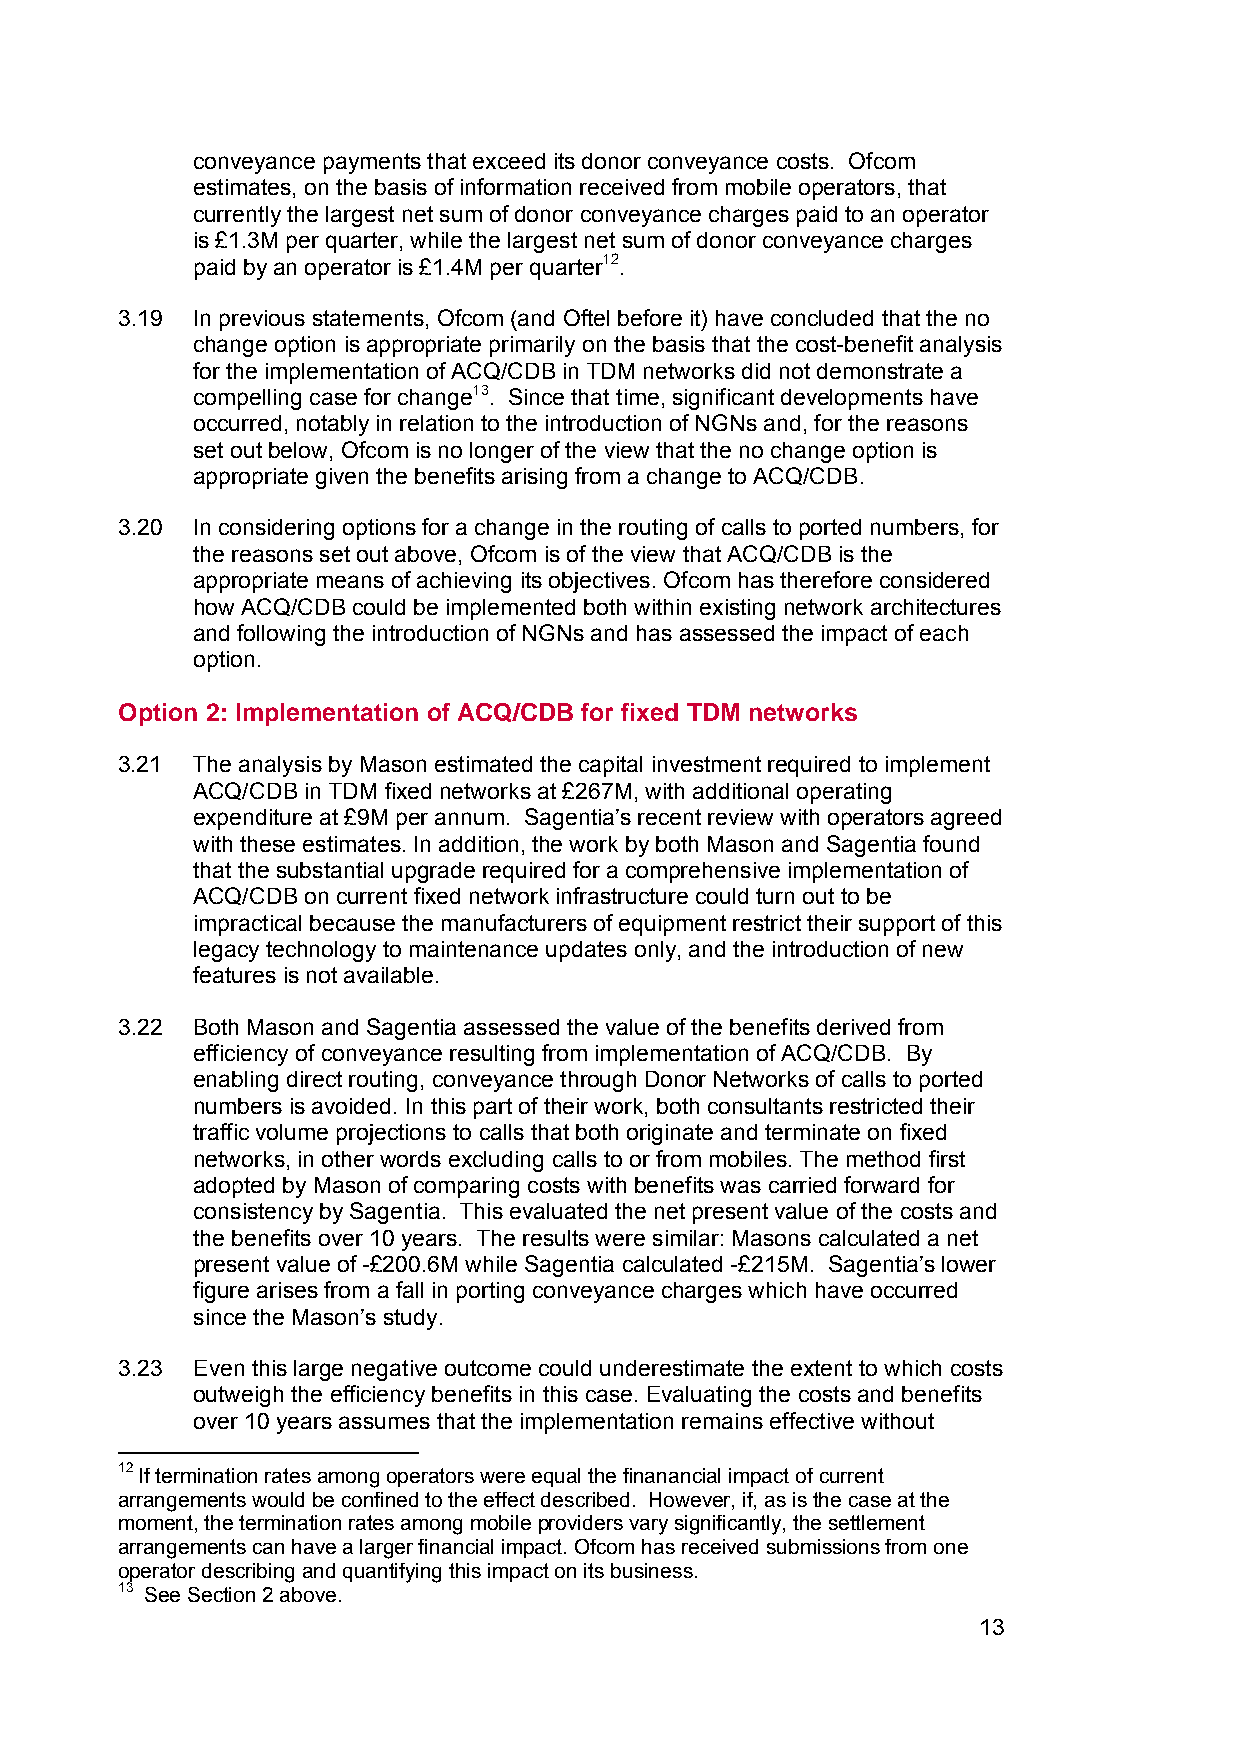
conveyance payments that exceed its donor conveyance costs. Ofcom
 estimates, on the basis of information received from mobile operators, that
 currently the largest net sum of donor conveyance charges paid to an operator
 is £1.3M per quarter, while the largest net sum of donor conveyance charges
 paid by an operator is £1.4M per quarter12.
 3.19 In previous statements, Ofcom (and Oftel before it) have concluded that the no
 change option is appropriate primarily on the basis that the cost-benefit analysis
 for the implementation of ACQ/CDB in TDM networks did not demonstrate a
 compelling case for change13. Since that time, significant developments have
 occurred, notably in relation to the introduction of NGNs and, for the reasons
 set out below, Ofcom is no longer of the view that the no change option is
 appropriate given the benefits arising from a change to ACQ/CDB.
 3.20 In considering options for a change in the routing of calls to ported numbers, for
 the reasons set out above, Ofcom is of the view that ACQ/CDB is the
 appropriate means of achieving its objectives. Ofcom has therefore considered
 how ACQ/CDB could be implemented both within existing network architectures
 and following the introduction of NGNs and has assessed the impact of each
 option.
 Option 2: Implementation of ACQ/CDB for fixed TDM networks
 3.21 The analysis by Mason estimated the capital investment required to implement
 ACQ/CDB in TDM fixed networks at £267M, with additional operating
 expenditure at £9M per annum. Sagentia’s recent review with operators agreed
 with these estimates. In addition, the work by both Mason and Sagentia found
 that the substantial upgrade required for a comprehensive implementation of
 ACQ/CDB on current fixed network infrastructure could turn out to be
 impractical because the manufacturers of equipment restrict their support of this
 legacy technology to maintenance updates only, and the introduction of new
 features is not available.
 3.22 Both Mason and Sagentia assessed the value of the benefits derived from
 efficiency of conveyance resulting from implementation of ACQ/CDB. By
 enabling direct routing, conveyance through Donor Networks of calls to ported
 numbers is avoided. In this part of their work, both consultants restricted their
 traffic volume projections to calls that both originate and terminate on fixed
 networks, in other words excluding calls to or from mobiles. The method first
 adopted by Mason of comparing costs with benefits was carried forward for
 consistency by Sagentia. This evaluated the net present value of the costs and
 the benefits over 10 years. The results were similar: Masons calculated a net
 present value of -£200.6M while Sagentia calculated -£215M. Sagentia’s lower
 figure arises from a fall in porting conveyance charges which have occurred
 since the Mason’s study.
 3.23 Even this large negative outcome could underestimate the extent to which costs
 outweigh the efficiency benefits in this case. Evaluating the costs and benefits
 over 10 years assumes that the implementation remains effective without
 12 If termination rates among operators were equal the finanancial impact of current
 arrangements would be confined to the effect described. However, if, as is the case at the
 moment, the termination rates among mobile providers vary significantly, the settlement
 arrangements can have a larger financial impact. Ofcom has received submissions from one
 operator describing and quantifying this impact on its business.
 13 See Section 2 above.
 13